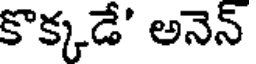
కొక్కడే' అనెన్